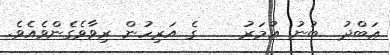
ޢަބްދު  ބުނު ޢުމަރު    ގެ އަރިހުން ރިވާވެގެންވެއެވެ.